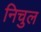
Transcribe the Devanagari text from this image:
निचुल